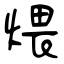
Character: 煨